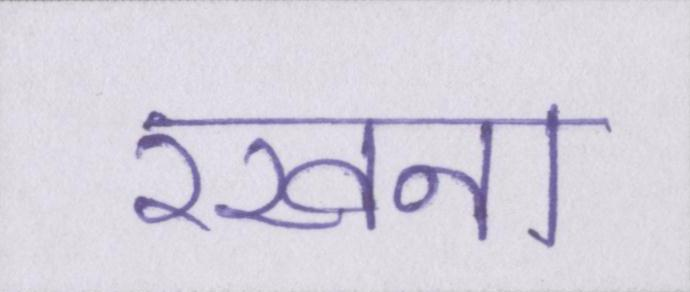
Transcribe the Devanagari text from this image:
रखना